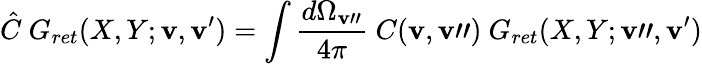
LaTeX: \hat{C}\ G_{ret}(X,Y;{\mathbf v},{\mathbf v^{\prime}})=\int{\frac{d\Omega_{\mathbf v"}}{4\pi}}\ C({\mathbf v},{\mathbf v"})\ G_{ret}(X,Y;{\mathbf v"},{\mathbf v^{\prime}})